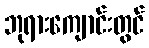
ဘုရားကျောင်းတွင်